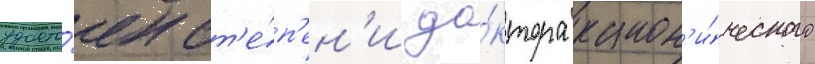
удосто́ен ст'е́п'ен'и до́ктора канон'и́ческого